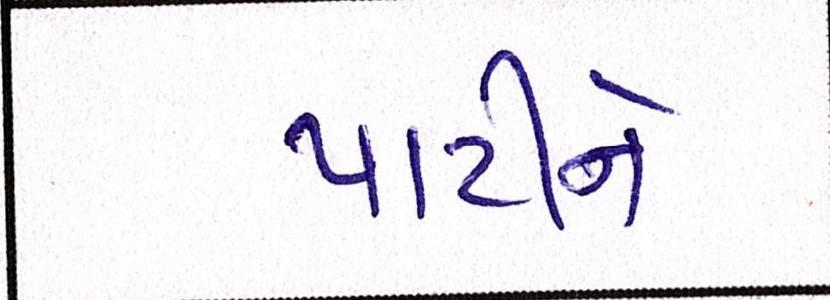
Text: પાર્ટીને